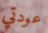
عودتي